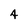
Character: 4